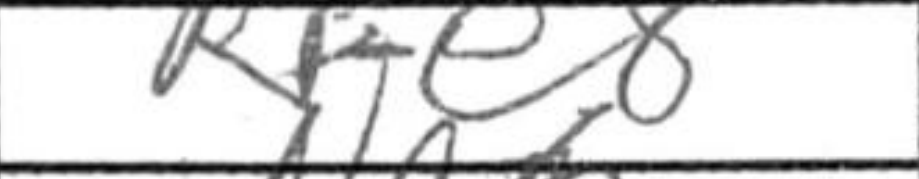
Transcription: Rfe8